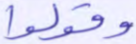
وقولوا